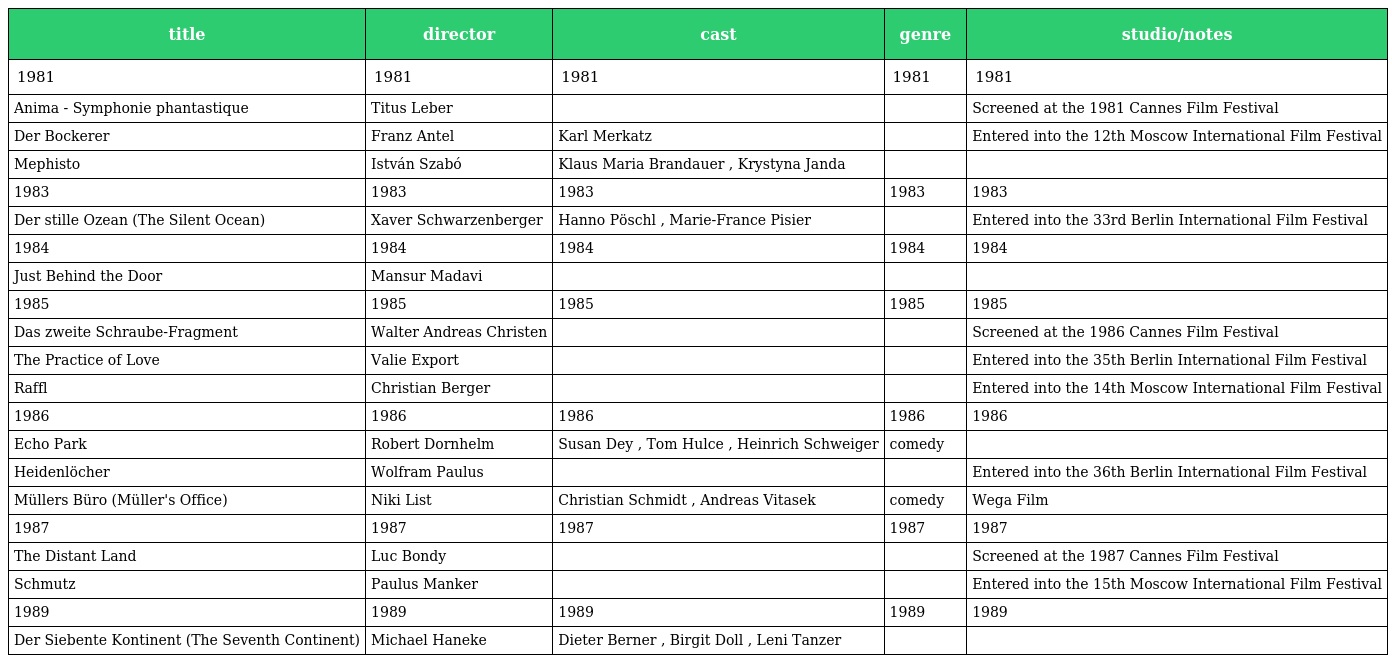
| title | director | cast | genre | studio/notes |
 | --- | --- | --- | --- | --- |
 | 1981 | 1981 | 1981 | 1981 | 1981 |
 | Anima - Symphonie phantastique | Titus Leber |  |  | Screened at the 1981 Cannes Film Festival |
 | Der Bockerer | Franz Antel | Karl Merkatz |  | Entered into the 12th Moscow International Film Festival |
 | Mephisto | István Szabó | Klaus Maria Brandauer , Krystyna Janda |  |  |
 | 1983 | 1983 | 1983 | 1983 | 1983 |
 | Der stille Ozean (The Silent Ocean) | Xaver Schwarzenberger | Hanno Pöschl , Marie-France Pisier |  | Entered into the 33rd Berlin International Film Festival |
 | 1984 | 1984 | 1984 | 1984 | 1984 |
 | Just Behind the Door | Mansur Madavi |  |  |  |
 | 1985 | 1985 | 1985 | 1985 | 1985 |
 | Das zweite Schraube-Fragment | Walter Andreas Christen |  |  | Screened at the 1986 Cannes Film Festival |
 | The Practice of Love | Valie Export |  |  | Entered into the 35th Berlin International Film Festival |
 | Raffl | Christian Berger |  |  | Entered into the 14th Moscow International Film Festival |
 | 1986 | 1986 | 1986 | 1986 | 1986 |
 | Echo Park | Robert Dornhelm | Susan Dey , Tom Hulce , Heinrich Schweiger | comedy |  |
 | Heidenlöcher | Wolfram Paulus |  |  | Entered into the 36th Berlin International Film Festival |
 | Müllers Büro (Müller's Office) | Niki List | Christian Schmidt , Andreas Vitasek | comedy | Wega Film |
 | 1987 | 1987 | 1987 | 1987 | 1987 |
 | The Distant Land | Luc Bondy |  |  | Screened at the 1987 Cannes Film Festival |
 | Schmutz | Paulus Manker |  |  | Entered into the 15th Moscow International Film Festival |
 | 1989 | 1989 | 1989 | 1989 | 1989 |
 | Der Siebente Kontinent (The Seventh Continent) | Michael Haneke | Dieter Berner , Birgit Doll , Leni Tanzer |  |  |